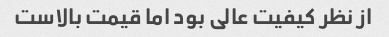
از نظر کیفیت عالی بود اما قیمت بالاست